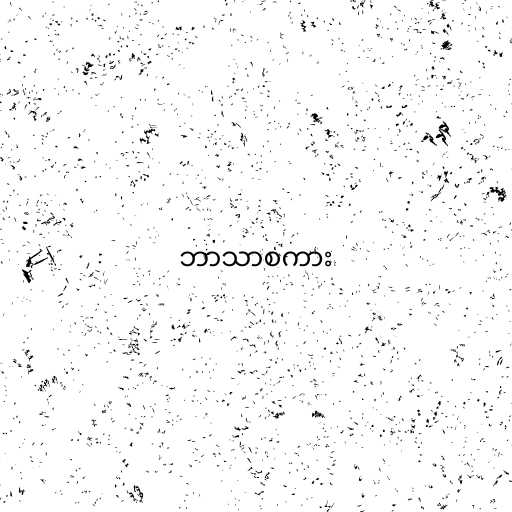
ဘာသာစကား